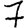
Digit: 7